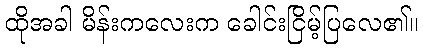
ထိုအခါ မိန်းကလေးက ခေါင်းငြိမ့်ပြလေ၏။